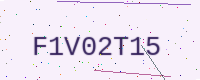
Text: F1V02T15